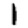
Digit: 1